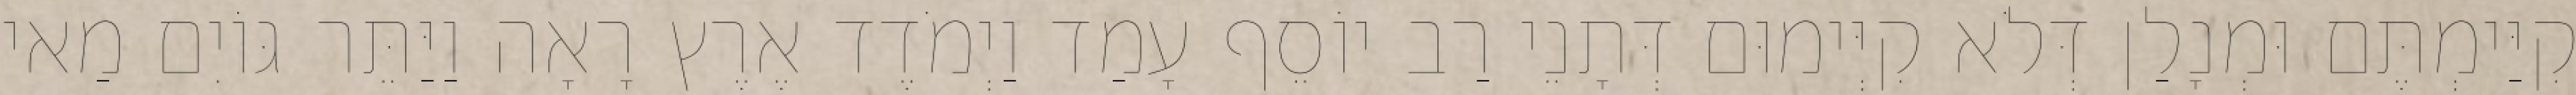
קִיַּימְתֶּם וּמְנָלַן דְּלֹא קִיְּימוּם דְּתָנֵי רַב יוֹסֵף עָמַד וַיְמֹדֶד אֶרֶץ רָאָה וַיַּתֵּר גּוֹיִם מַאי